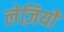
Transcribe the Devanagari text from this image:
लेज़ियों